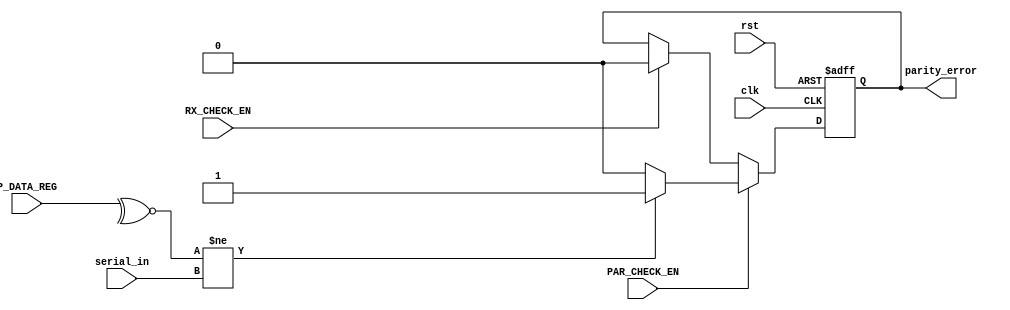
module PAR_CHECK #(parameter
DATA_WIDTH = 8,
PAR_TYPE = 1 //ODD
) (
input                  clk,
input                  rst,
input                  PAR_CHECK_EN,
input [DATA_WIDTH-1:0] P_DATA_REG,
input                  serial_in, //DETECTED PARITY BIT
input                  RX_CHECK_EN,
output   reg           parity_error
);
wire calculated_parity;
always @ (posedge clk or negedge rst)
begin
if (!rst)
    begin
parity_error <= 1'b0;
    end
else if (PAR_CHECK_EN) //PAR_CHECK_EN FROM FSM && OVERSAMPLING TICK
    begin
if (calculated_parity != serial_in)
    begin
parity_error <= 1'b1;
    end
else
    begin
parity_error <= 1'b0;
    end
    end
else if (RX_CHECK_EN)
    begin
parity_error <= 1'b0;
    end
end


assign calculated_parity = (!PAR_TYPE) ? ^P_DATA_REG : ~^P_DATA_REG ; //


endmodule